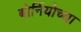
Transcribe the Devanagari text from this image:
बोर्नियोच्या